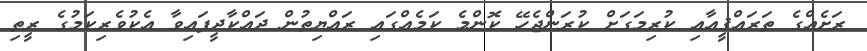
ރަށެއްގެ ތަރައްޤީއާއި ކުރިމަގަށް ކުރަންޖެހޭ ކޮންމެ ކަމެއްގައި ރައްޔިތުން ދައްކާދީފައިވާ އެކުވެރިކަމުގެ ރީތި